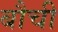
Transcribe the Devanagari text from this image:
बौची